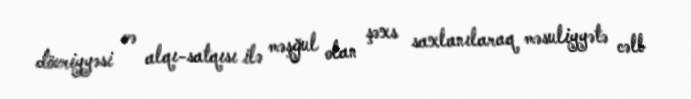
dövriyyəsi və alqı-satqısı ilə məşğul olan şəxs saxlanılaraq məsuliyyətə cəlb